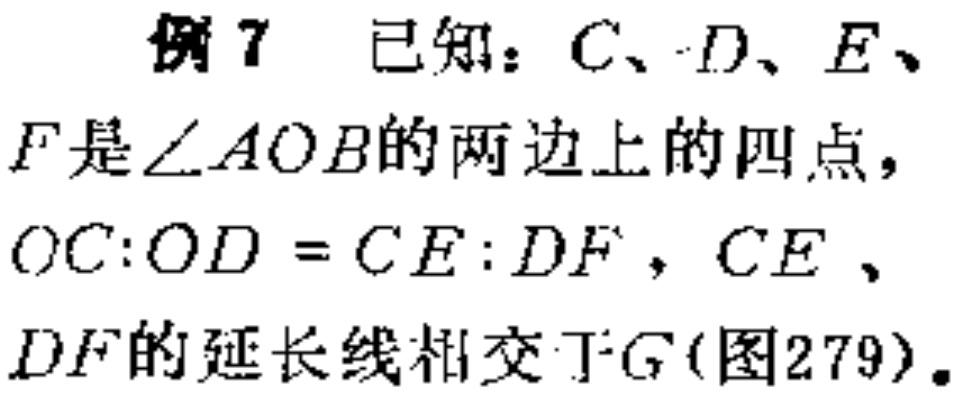
例7 已知：$C、D、E、$
$F$是$\angle AOB$的两边上的四点，
$OC:OD = CE:DF$，$CE$、
$DF$的延长线相交于$G$(图279)。